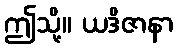
ဤသို့။ ယဒိဇာနာ